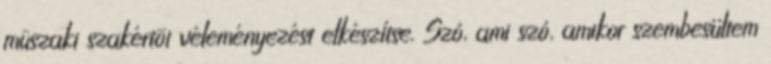
mûszaki szakértõi véleményezést elkészítse. Szó, ami szó, amikor szembesültem